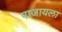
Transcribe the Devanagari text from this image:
पाजायला